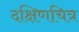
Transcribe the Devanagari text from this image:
दक्षिणचित्र